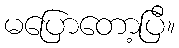
မပြောတော့ပြီ။